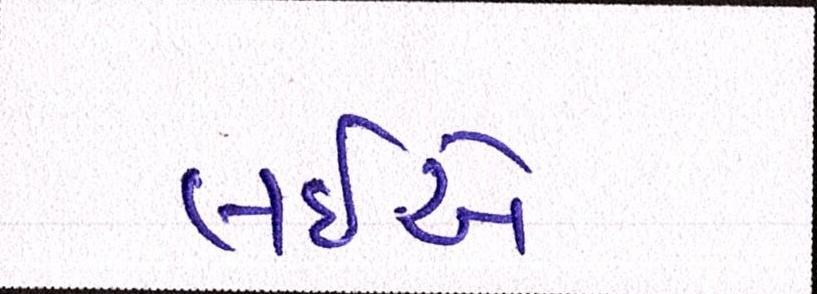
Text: લઇએ